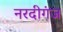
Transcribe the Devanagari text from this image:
नरदीगंज